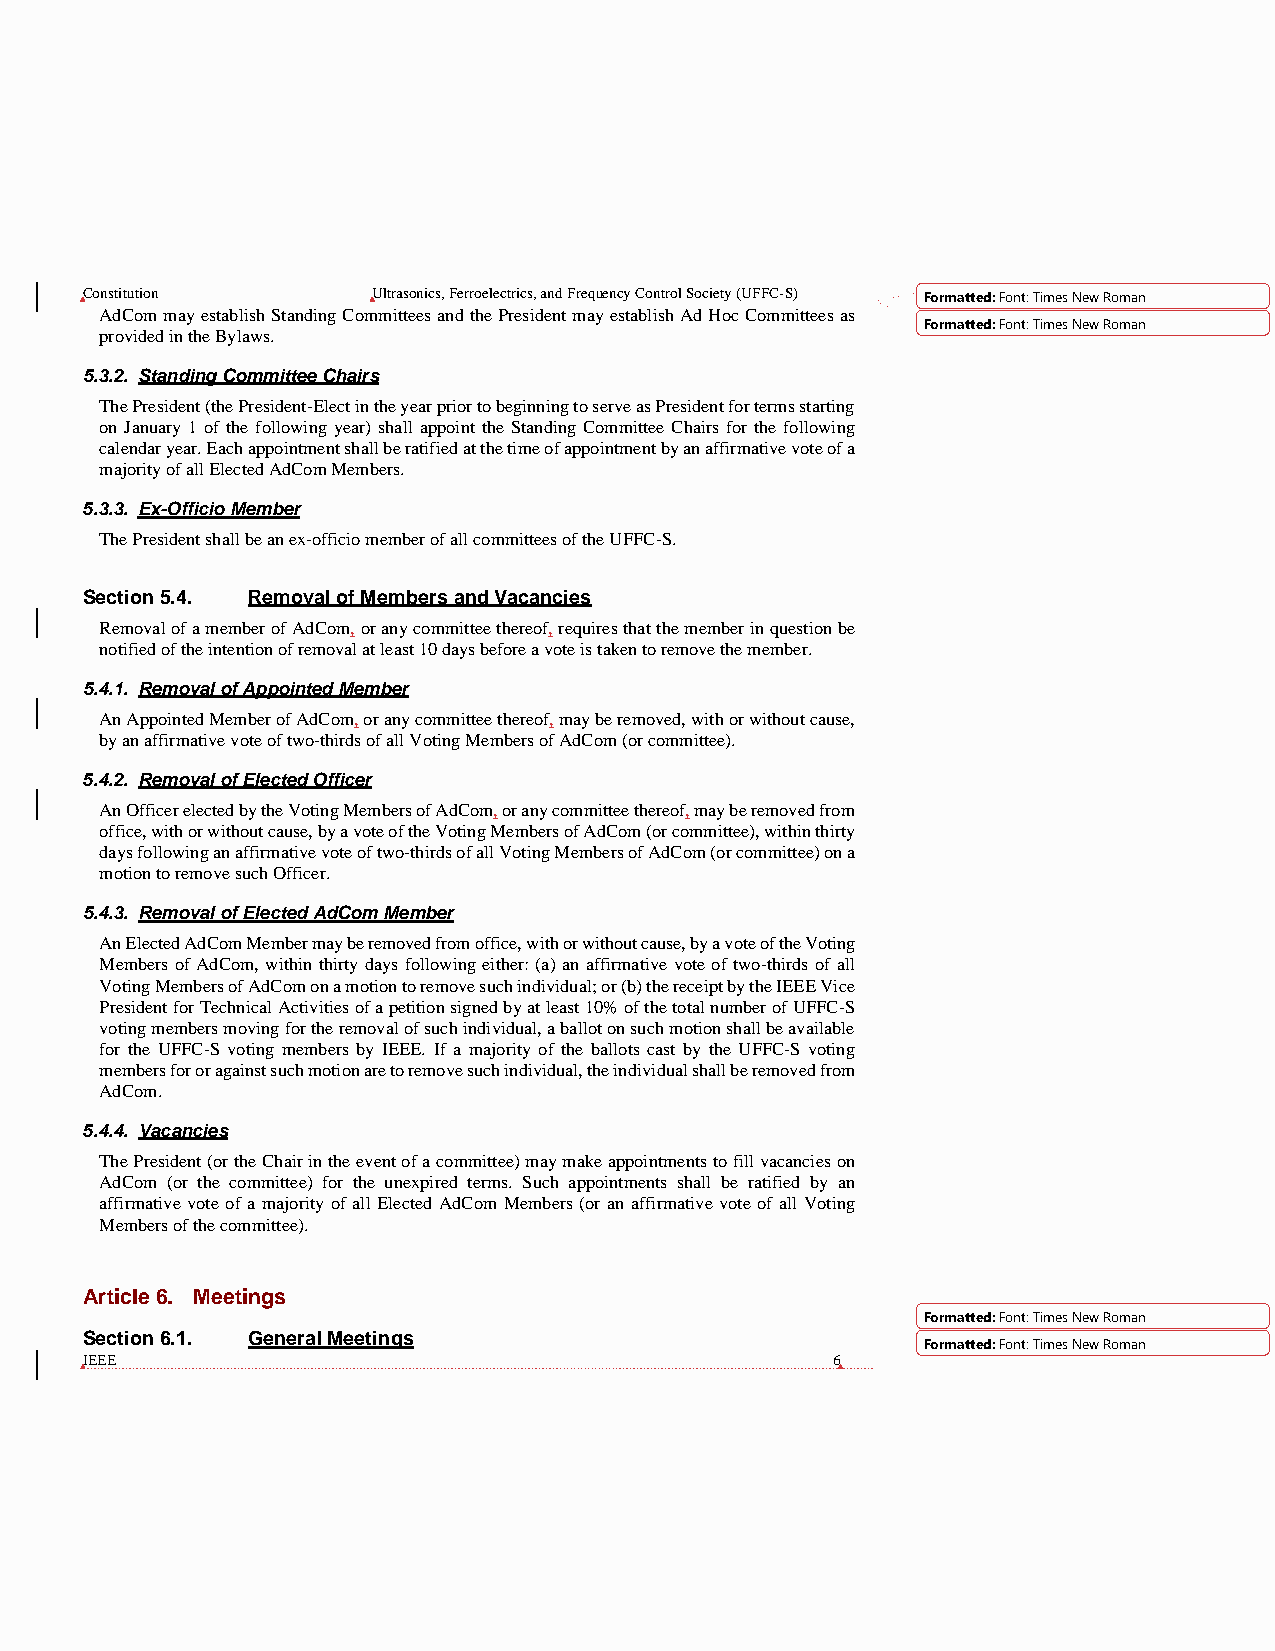
Constitution        Ultrasonics, Ferroelectrics, and Frequency Control Society (UFFC-S) Formatted: Font: Times New Roman
 AdCom may establish Standing Committees and the President may establish Ad Hoc Committees as
 Formatted: Font: Times New Roman
 provided in the Bylaws.
 5.3.2. Standing Committee Chairs
 The President (the President-Elect in the year prior to beginning to serve as President for terms starting
 on January 1 of the following year) shall appoint the Standing Committee Chairs for the following
 calendar year. Each appointment shall be ratified at the time of appointment by an affirmative vote of a
 majority of all Elected AdCom Members.
 5.3.3. Ex-Officio Member
 The President shall be an ex-officio member of all committees of the UFFC-S.
 Section 5.4. Removal of Members and Vacancies
 Removal of a member of AdCom, or any committee thereof, requires that the member in question be
 notified of the intention of removal at least 10 days before a vote is taken to remove the member.
 5.4.1. Removal of Appointed Member
 An Appointed Member of AdCom, or any committee thereof, may be removed, with or without cause,
 by an affirmative vote of two-thirds of all Voting Members of AdCom (or committee).
 5.4.2. Removal of Elected Officer
 An Officer elected by the Voting Members of AdCom, or any committee thereof, may be removed from
 office, with or without cause, by a vote of the Voting Members of AdCom (or committee), within thirty
 days following an affirmative vote of two-thirds of all Voting Members of AdCom (or committee) on a
 motion to remove such Officer.
 5.4.3. Removal of Elected AdCom Member
 An Elected AdCom Member may be removed from office, with or without cause, by a vote of the Voting
 Members of AdCom, within thirty days following either: (a) an affirmative vote of two-thirds of all
 Voting Members of AdCom on a motion to remove such individual; or (b) the receipt by the IEEE Vice
 President for Technical Activities of a petition signed by at least 10% of the total number of UFFC-S
 voting members moving for the removal of such individual, a ballot on such motion shall be available
 for the UFFC-S voting members by IEEE. If a majority of the ballots cast by the UFFC-S voting
 members for or against such motion are to remove such individual, the individual shall be removed from
 AdCom.
 5.4.4. Vacancies
 The President (or the Chair in the event of a committee) may make appointments to fill vacancies on
 AdCom (or the committee) for the unexpired terms. Such appointments shall be ratified by an
 affirmative vote of a majority of all Elected AdCom Members (or an affirmative vote of all Voting
 Members of the committee).
 Article 6. Meetings
 Formatted: Font: Times New Roman
 Section 6.1. General Meetings
 Formatted: Font: Times New Roman
 IEEE                                              6